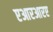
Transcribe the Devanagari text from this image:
एआरआरए